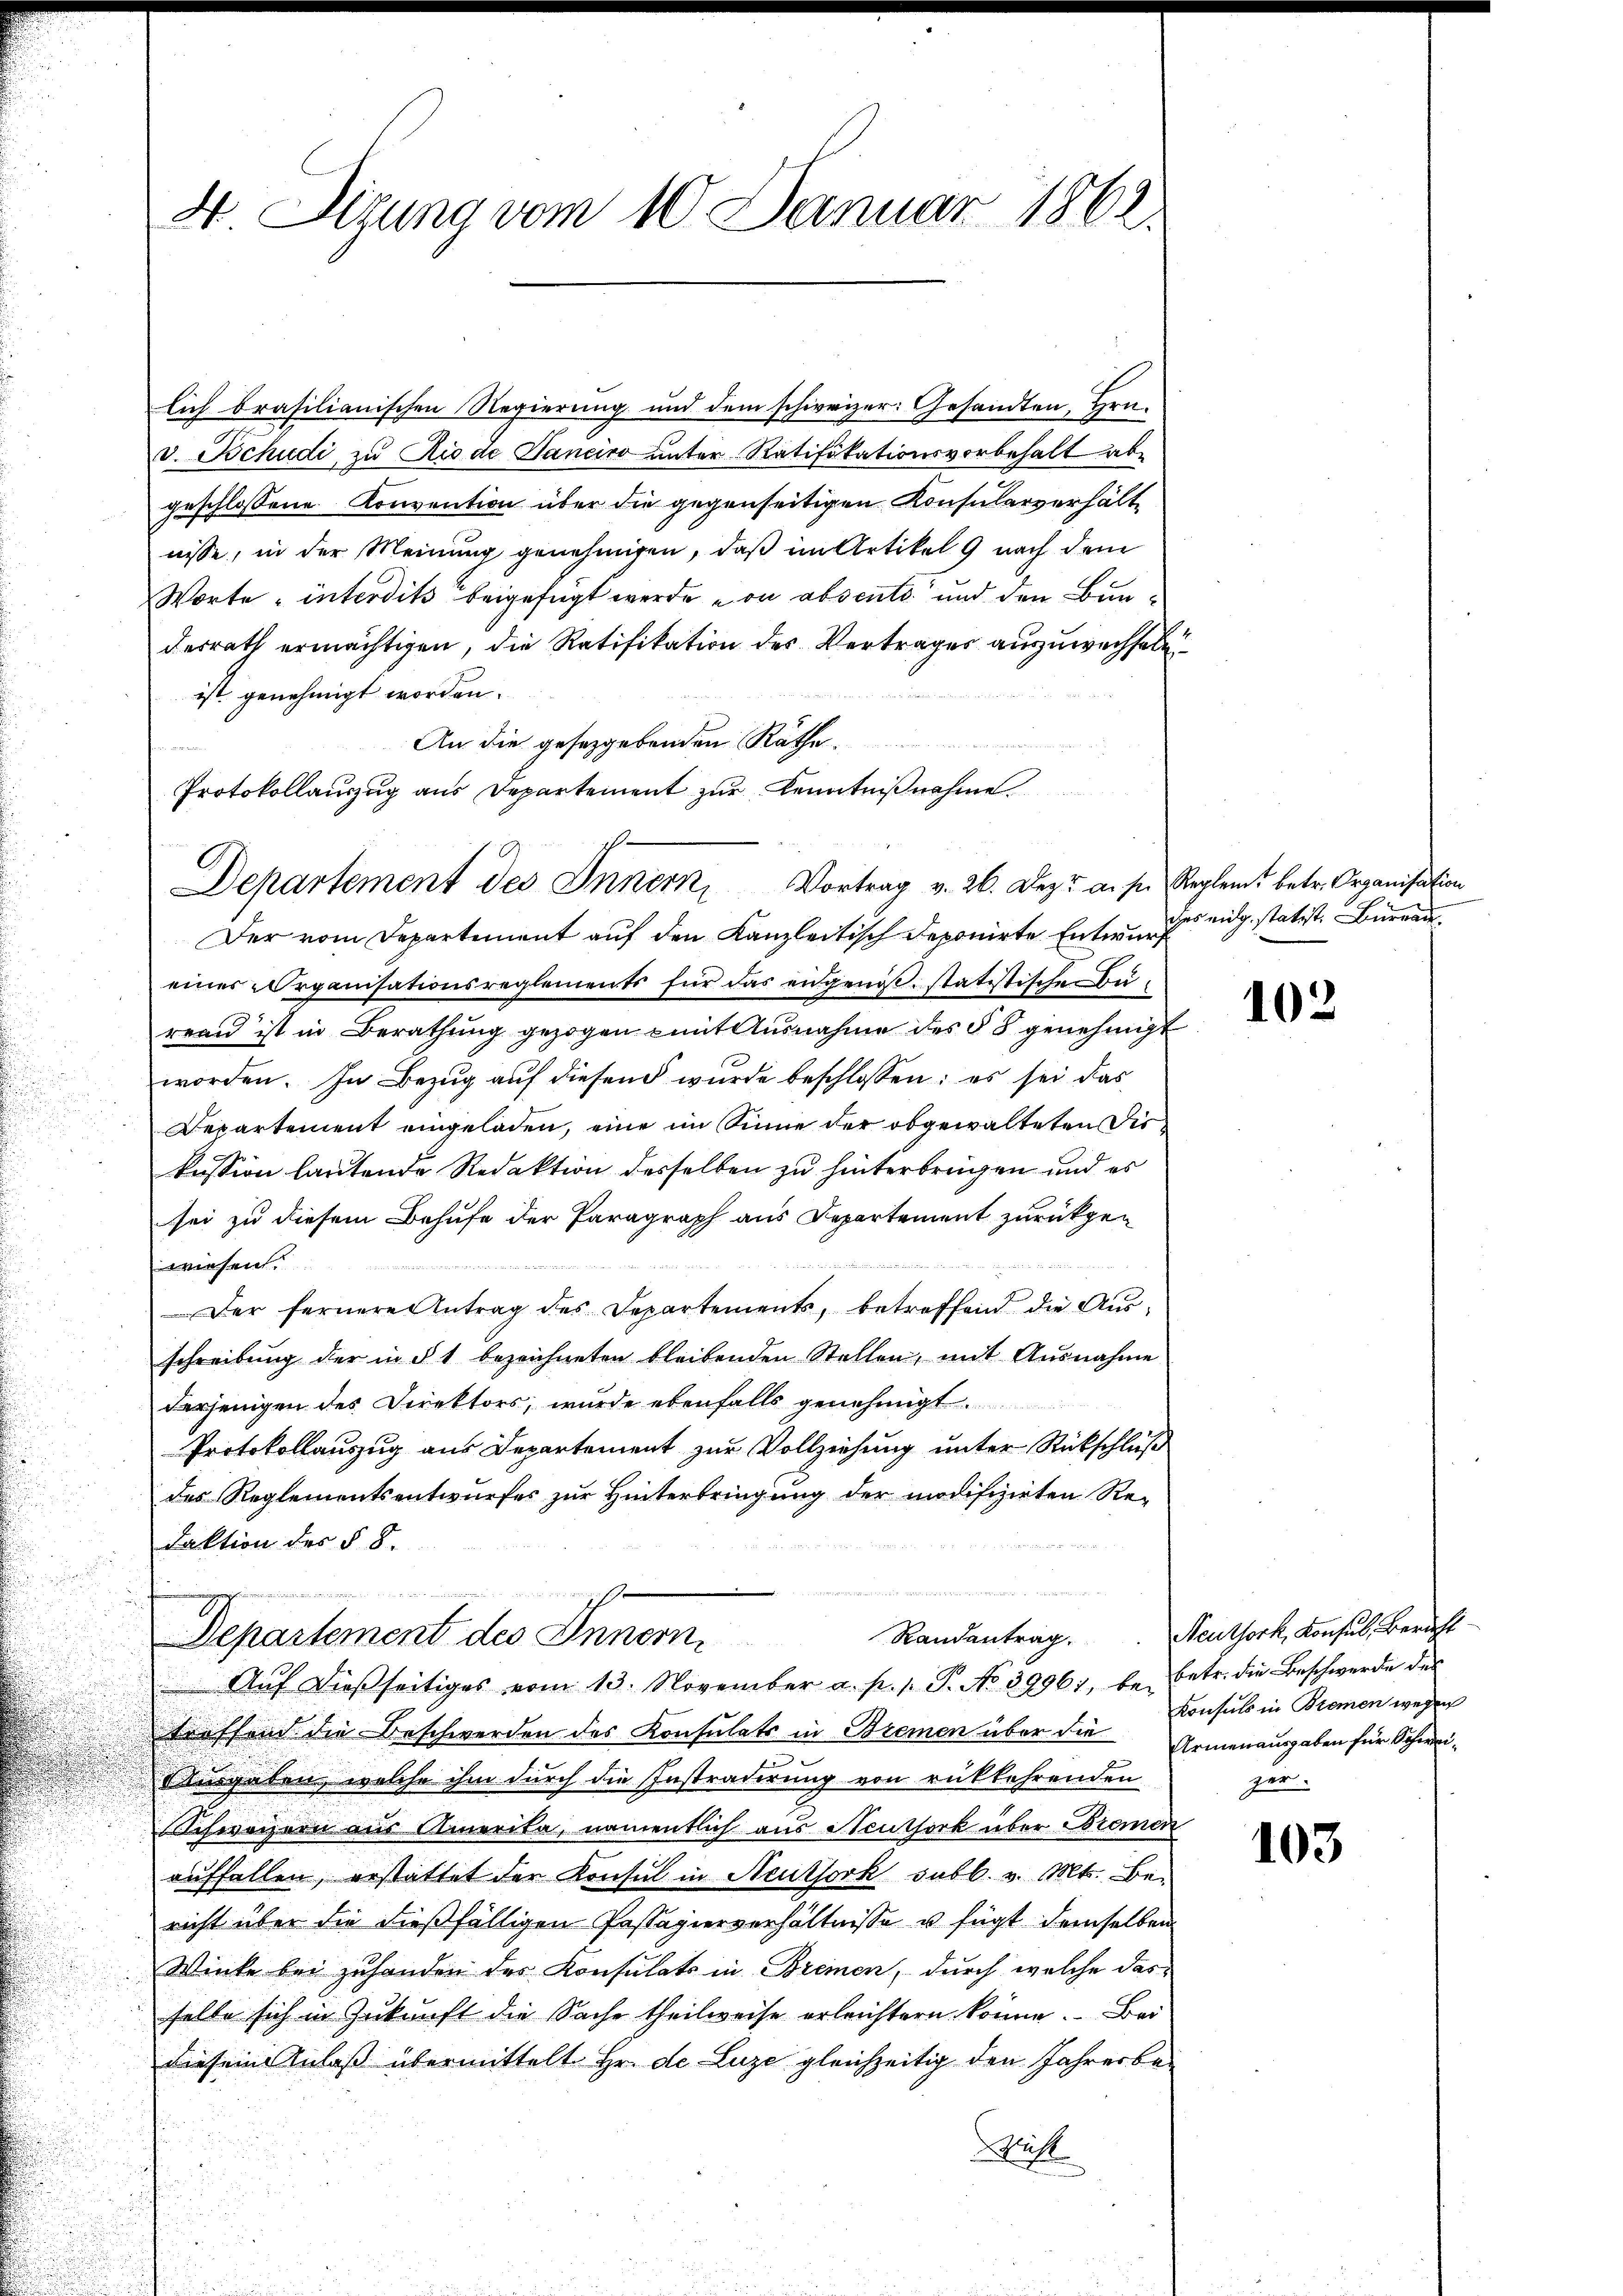
4. Sizung vom 10. Januar 1862.

lich brasilianischen Regierung und dem schweizer. Gesandten, Hrn.
v. Tschudi zu Rio de Sanciro unter Ratifikationsvorbehalt ab-
geschlossene Konvention über die gegenseitigen Konsularverhält
nisse, in der Meinung genehmigen, daß im Artikel 9 nach dem
Worte - interdits beigefügt werde von absente und den Bundesrath ermächtigen, die Ratifikation des Vertrages auszuwechsel
ist genehmigt worden.
An die gesetzgebenden Räthe,
Protokollauszug aus Departement zur Kenntnißnahme
Der vom Departement auf den Kanzleitisch deponirte Entwing eidg. statist. Büreau
eines Organisationsreglements für das eidgenoß, statistischen Bureau ist in Berathung gezogen mit Ausnahme des § 8 genehmigt
worden. In Bezug auf diesen wurde beschlossen: es sei das
Departement eingeladen, eine im Sinne der obgewalteten diekussion lautende Redaktion desselben zu hinterbrügen und es
sei zu diesem Behufe der Paragraph aus Departement zurückgen
tt. der 15 f
wiesen.
Der fernere Antrag des Departements, betreffend die Aŭs-
schreibung der in § 1 bezeichneten bleibenden Stellen, mit Ausnahme
derjenigen des Direktors, wurde ebenfalls genehmigt.
Protokollauszug aus Departement zur Vollziehung unter Rückschluß
des Reglementsentwurfes zur Hinterbringung der modifizirten Redaktion des § 8.
Departement des Innern.
Aŭf dieβ seitiges vom 13. November a. p. 1. P. No 3996), be- betr. die Beschwerde des
treffend die Beschwerden des Konsulats in Bremen über die Armenausgaben für Schwei¬
Ausgaben, welche ihm durch die Instradirung von rükkehrenden
Schweizern aus Amerita, namentlich aus Neuthork über Bremen
auffallen, erstattet der Konsul in Neuthork subb. v. Mts. Be-
richt über die dießfälligen Passagierverhältnisse u fügt demselben
Winke bei zuhanden des Konsulats in Bremen, durch welche das
selte sich in Zukunft die Sache theilweise erleichtern könne. Bei
diesem Anlaß übermittelt Hr. de Luze gleichzeitig den Jahresberift

h
Departement des Innern, Vortrag v. 26. Dez. a. s. Reglent betr. Organisation

102

Randantrag. Neuthork, Konsul Bericht-
Konsuls in Bremen wegen
zer

103